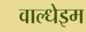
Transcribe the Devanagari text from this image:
वाल्धेइम